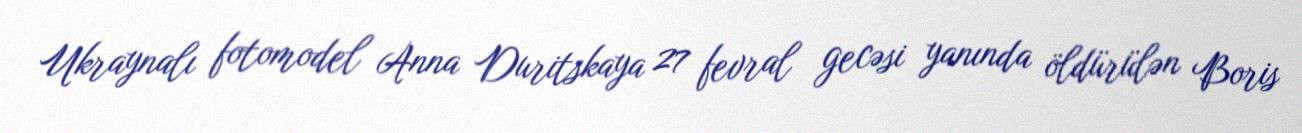
Ukraynalı fotomodel Anna Duritskaya 27 fevral gecəsi yanında öldürülən Boris